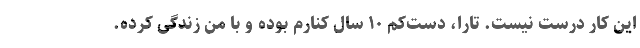
این کار درست نیست. تارا، دست‌کم ۱۰ سال کنارم بوده و با من زندگی کرده.